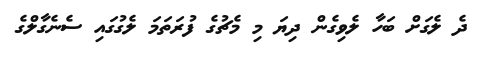
ދެ ލެގަށް ބަހާ ލެވިގެން ދިޔަ މި މެޗުގެ ފުރަތަމަ ލެގުގައި ސެނެގާލްގެ